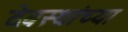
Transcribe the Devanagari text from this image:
देवस्थांच्या